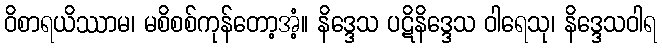
ဝိစာရယိဿာမ၊ မစိစစ်ကုန်တော့အံ့။ နိဒ္ဒေသ ပဋိနိဒ္ဒေသ ဝါရေသု၊ နိဒ္ဒေသဝါရ